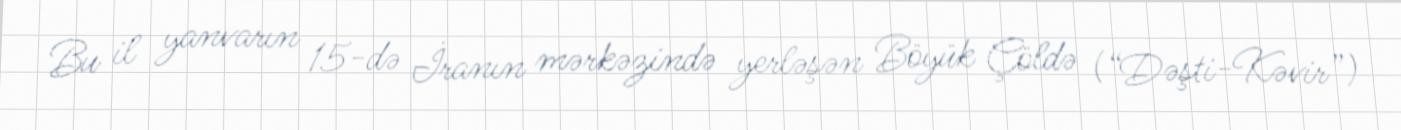
Bu il yanvarın 15-də İranın mərkəzində yerləşən Böyük Çöldə (“Dəşti-Kəvir”)